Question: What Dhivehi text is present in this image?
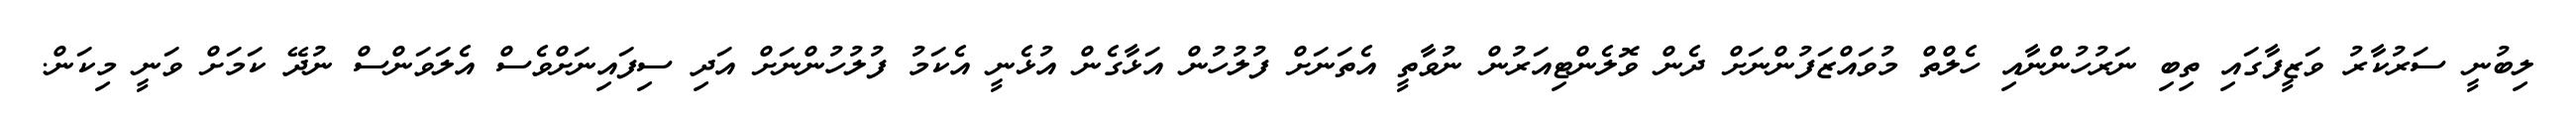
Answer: ލިބުނީ ސަރުކާރު ވަޒީފާގައި ތިބި ނަރުހުންނާއި ހެލްތް މުވައްޒަފުންނަށް ދެން ވޮލެންޓިއަރުން ނުވާތީ އެތަނަށް ފުލުހުން އަޅާގެން އުޅެނީ އެކަމު ފުލުހުންނަށް އަދި ސިފައިނަށްވެސް އެލަވަންސް ނުދޭ ކަމަށް ވަނީ މިކަން.